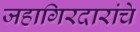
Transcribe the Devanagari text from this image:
जहागिरदारांचे